Senior Leaving Certificate Examination (including Day School Certificate (Higher) General paper), 1946
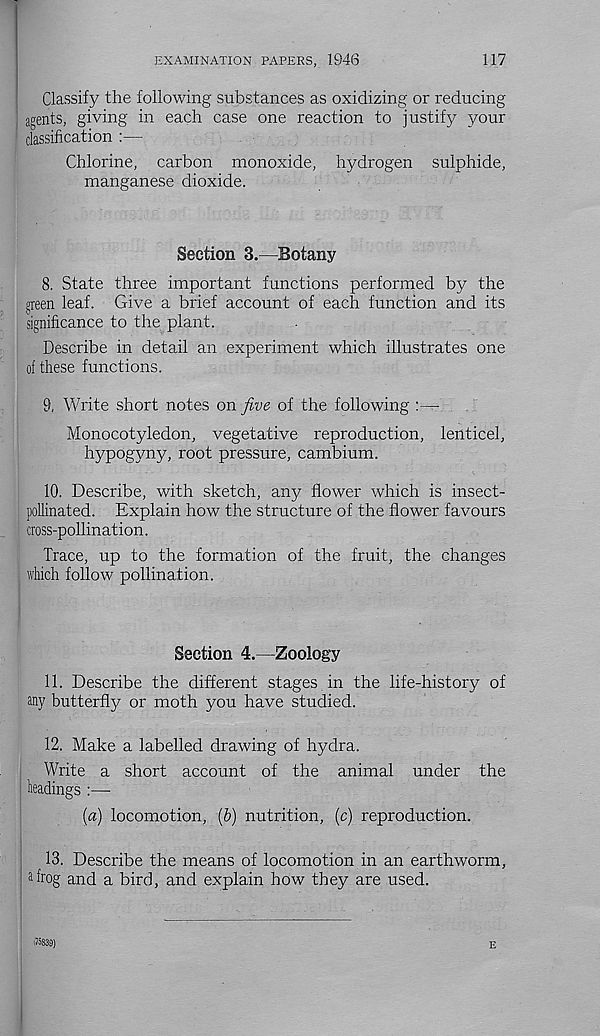
EXAMINATION PAPERS, 1946
117
Classify the following substances as oxidizing or reducing
agents, giving in each case one reaction to justify your
classification :—
Chlorine, carbon monoxide, hydrogen sulphide,
manganese dioxide.
Section 3.—Botany
8. State three important functions performed by the
green leaf. Give a brief account of each function and its
significance to the plant.
Describe in detail an experiment which illustrates one
of these functions.
9. Write short notes on five of the following
Monocotyledon, vegetative reproduction, lenticel,
hypogyny, root pressure, cambium.
10. Describe, with sketch, any flower which is insect-
pollinated. Explain how the structure of the flower favours
cross-pollination.
Trace, up to the formation of the fruit, the changes
which follow pollination.
Section 4.—Zoology
11. Describe the different stages in the life-history of
any butterfly or moth you have studied.
12. Make a labelled drawing of hydra.
Write a short account of the animal under the
headings :—
(a) locomotion, (&) nutrition, (c) reproduction.
13. Describe the means of locomotion in an earthworm,
Grog and a bird, and explain how they are used.